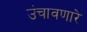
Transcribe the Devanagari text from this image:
उंचावणारे